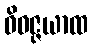
ဝိဝဇ္ဇယာထ